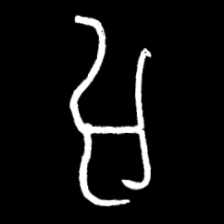
Pyu character \u2014 Myanmar letter: အ (romanized: a)